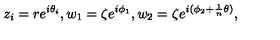
z _ { i } = r e ^ { i \theta _ { i } } , w _ { 1 } = \zeta e ^ { i \phi _ { 1 } } , w _ { 2 } = \zeta e ^ { i ( \phi _ { 2 } + \frac 1 n \theta ) } ,